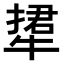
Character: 𤚹